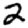
Digit: 2